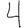
Digit: 4